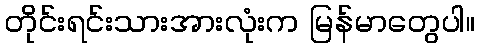
တိုင်းရင်းသားအားလုံးက မြန်မာတွေပါ။